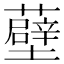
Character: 𧂸